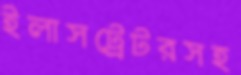
ইলাসট্রেটরসহ